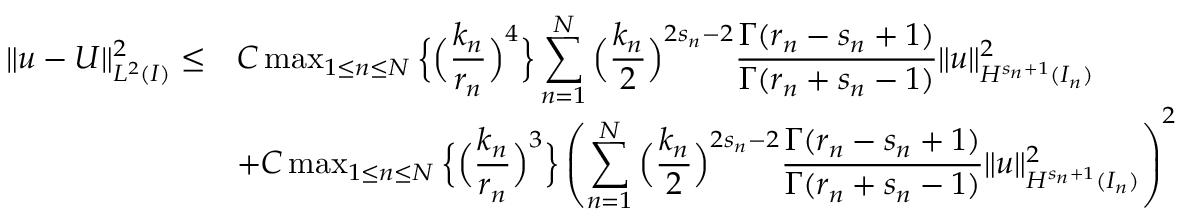
\begin{array} { r l } { \| u - U \| _ { L ^ { 2 } ( I ) } ^ { 2 } \le } & { C \operatorname* { m a x } _ { 1 \le n \le N } \Big \{ \Big ( \displaystyle \frac { k _ { n } } { r _ { n } } \Big ) ^ { 4 } \Big \} \displaystyle \sum _ { n = 1 } ^ { N } \Big ( \displaystyle \frac { k _ { n } } { 2 } \Big ) ^ { 2 s _ { n } - 2 } \displaystyle \frac { \Gamma ( r _ { n } - s _ { n } + 1 ) } { \Gamma ( r _ { n } + s _ { n } - 1 ) } \| u \| _ { H ^ { s _ { n } + 1 } ( I _ { n } ) } ^ { 2 } } \\ & { + C \operatorname* { m a x } _ { 1 \le n \le N } \Big \{ \Big ( \displaystyle \frac { k _ { n } } { r _ { n } } \Big ) ^ { 3 } \Big \} \left( \displaystyle \sum _ { n = 1 } ^ { N } \Big ( \displaystyle \frac { k _ { n } } { 2 } \Big ) ^ { 2 s _ { n } - 2 } \displaystyle \frac { \Gamma ( r _ { n } - s _ { n } + 1 ) } { \Gamma ( r _ { n } + s _ { n } - 1 ) } \| u \| _ { H ^ { s _ { n } + 1 } ( I _ { n } ) } ^ { 2 } \right) ^ { 2 } } \end{array}